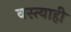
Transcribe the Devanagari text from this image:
वस्त्याही